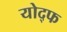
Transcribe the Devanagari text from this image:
योद्फ